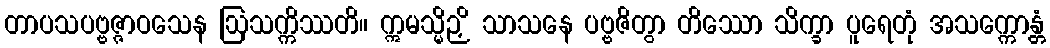
တာပသပဗ္ဗဇ္ဇာဝသေန ဩသက္ကိဿတိ။ ဣမသ္မိဉှိ သာသနေ ပဗ္ဗဇိတွာ တိဿော သိက္ခာ ပူရေတုံ အသက္ကောန္တံ